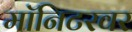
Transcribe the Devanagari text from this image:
मॉनिटरवर